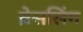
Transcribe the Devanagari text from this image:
व्रेसलिंग